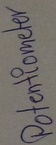
Text: Potentiometer